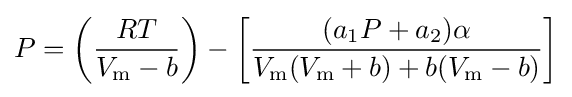
P=\left({\frac {RT}{V_{\mathrm {m} }-b}}\right)-\left[{\frac {(a_{1}P+a_{2})\alpha }{V_{\mathrm {m} }(V_{\mathrm {m} }+b)+b(V_{\mathrm {m} }-b)}}\right]